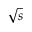
\sqrt { s }